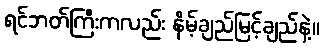
ရင်ဘတ်ကြီးကလည်း နိမ့်ချည်မြင့်ချည်နဲ့။